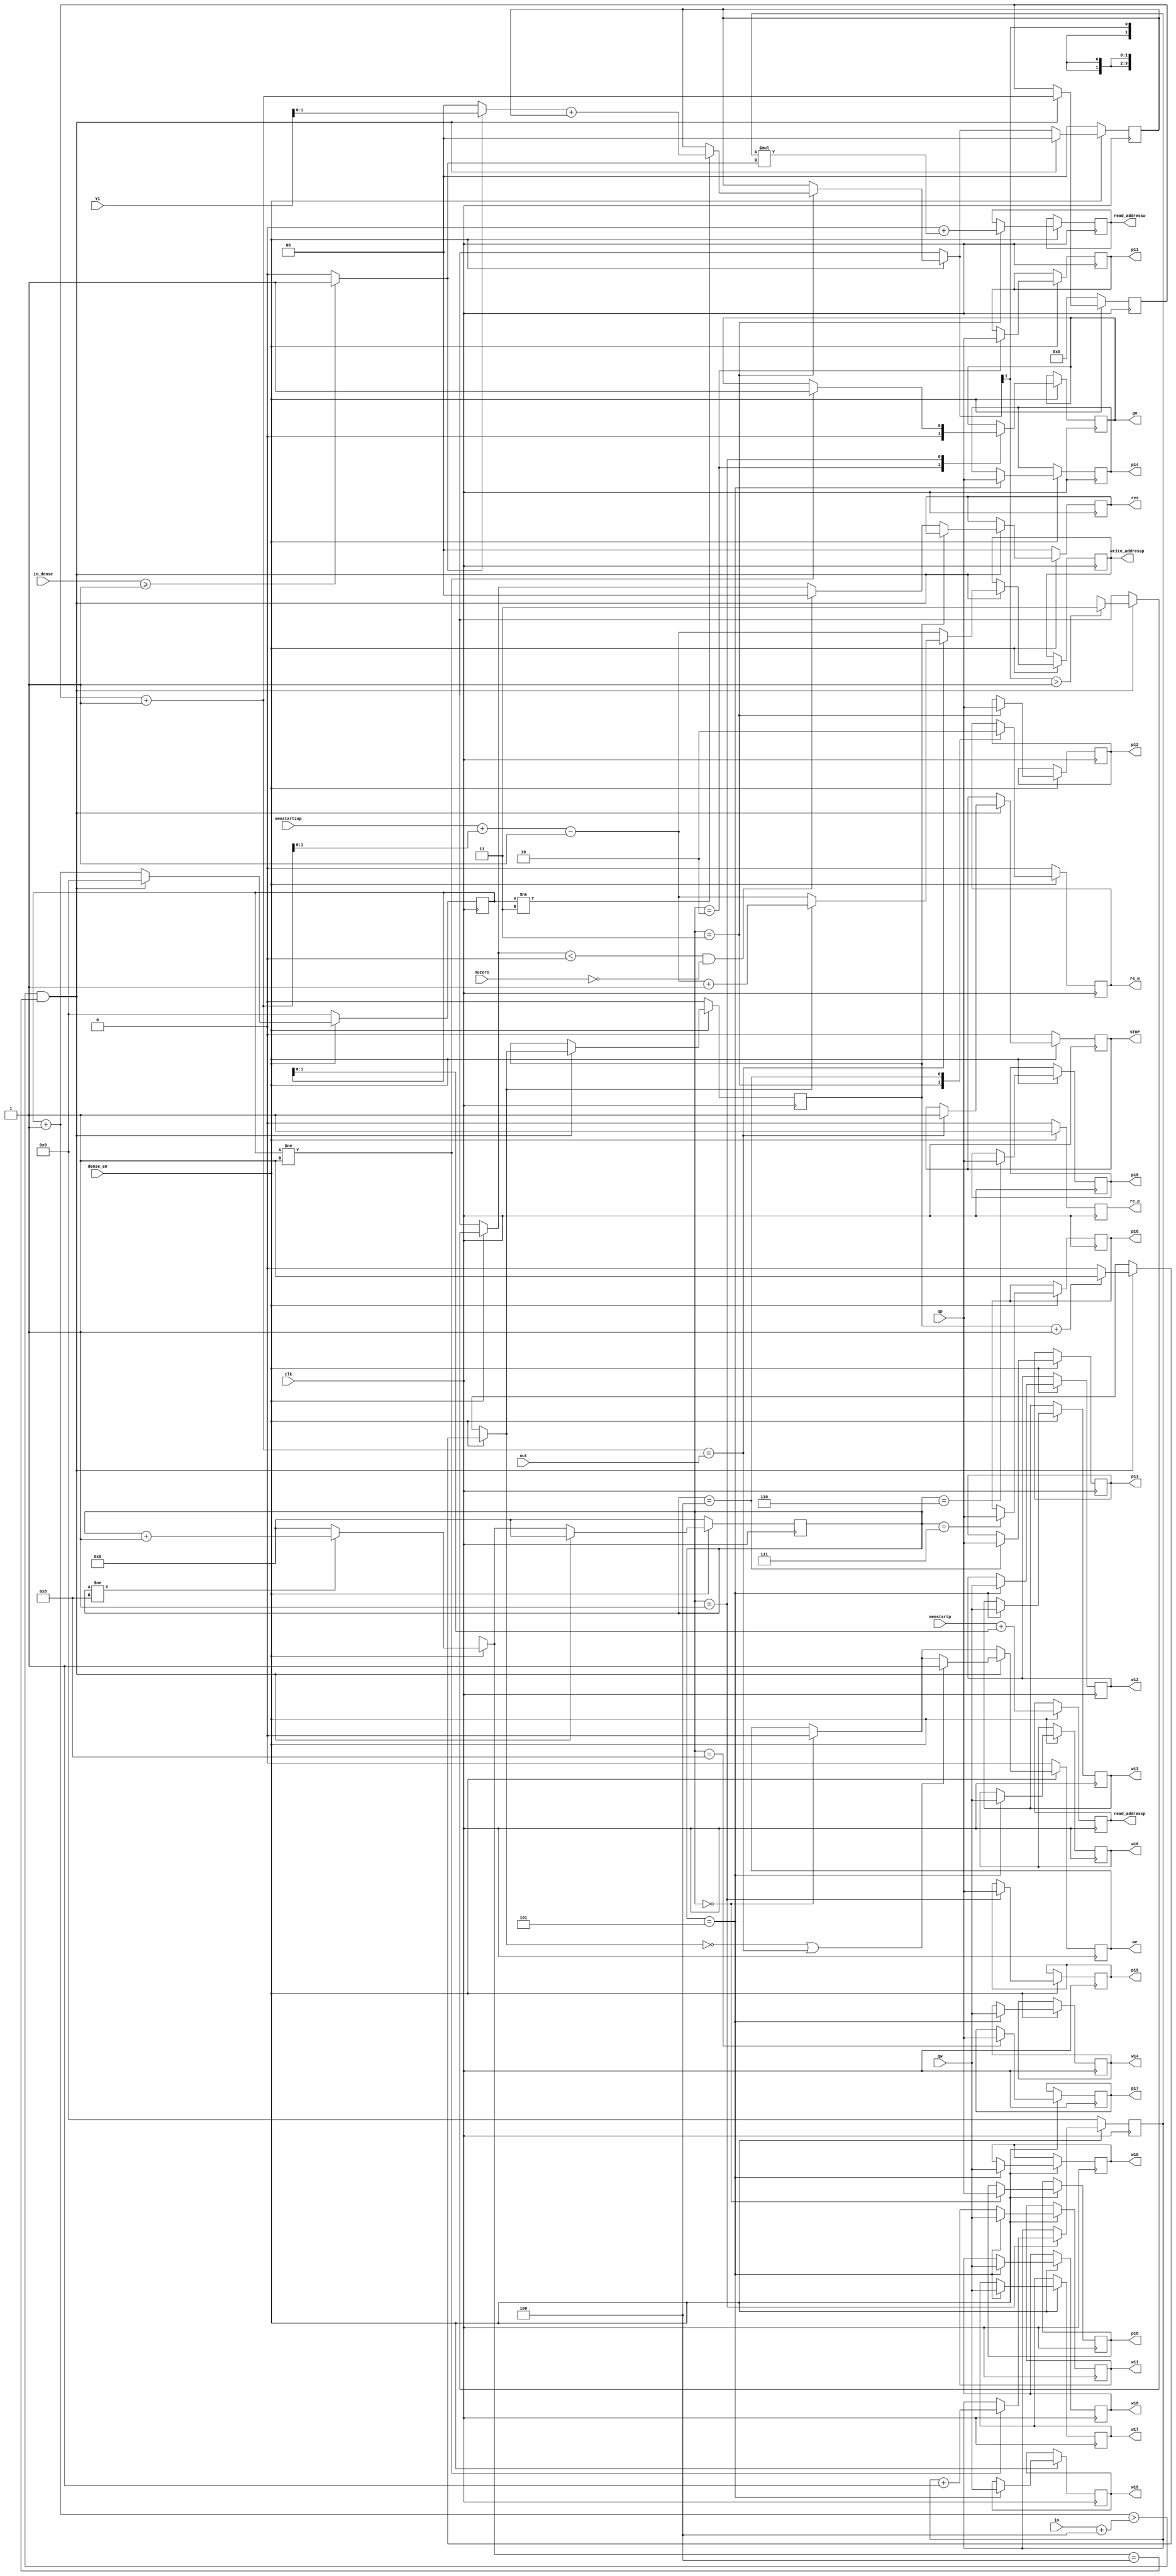
// This program was cloned from: https://github.com/ZFTurbo/Verilog-Generator-of-Neural-Net-Digit-Detector-for-FPGA
// License: Apache License 2.0

module dense(clk, dense_en, STOP, in, out, we, re_p, re_w, read_addressp, read_addressw, write_addressp, memstartp, memstartzap, qp, qw, res, Y1, w11, w12, w13, w14, w15, w16, w17, w18, w19, p11, p12, p13, p14, p15, p16, p17, p18, p19, go, nozero, in_dense);

parameter num_conv=0;
parameter SIZE_1=0;
parameter SIZE_2=0;
parameter SIZE_3=0;
parameter SIZE_4=0;
parameter SIZE_5=0;
parameter SIZE_6=0;
parameter SIZE_7=0;
parameter SIZE_8=0;
parameter SIZE_9=0;
parameter SIZE_address_pix=0;
parameter SIZE_address_wei=0;

input clk,dense_en;
output reg STOP;
input [4:0] in;
input [3:0] out;
output reg we,re_p,re_w;
output reg [SIZE_address_pix-1:0] read_addressp;
output reg [SIZE_address_wei-1:0] read_addressw;
output reg [SIZE_address_pix-1:0] write_addressp;
input [SIZE_address_pix-1:0] memstartp,memstartzap;
input signed [SIZE_1-1:0] qp;
input signed [SIZE_9-1:0] qw;
output reg signed [SIZE_1-1:0] res;
input signed [SIZE_1+SIZE_1-2:0] Y1;
output reg signed [SIZE_1-1:0] w11, w12, w13, w14, w15, w16, w17, w18, w19;
output reg signed [SIZE_1-1:0] p11, p12, p13, p14, p15, p16, p17, p18, p19;
output reg go;
input [4:0] in_dense;
input nozero;

reg [3:0] marker;
reg [6:0] lvl;
reg [8:0] i;
reg [8:0] j;
wire  Y1_use;
reg  sh;
reg signed [(SIZE_2)*1-1:0] dp;
reg signed [SIZE_1-1:0] dp_shift;
reg signed [SIZE_1-1+1:0]dp_check;

always @(posedge clk)
begin
    if (dense_en==1)
    begin
        re_p=1;
        case (marker)
            2:begin p11 = qp[SIZE_1 - 1:0]; go=0; end
            3:begin p12 = qp[SIZE_1 - 1:0]; re_w=1;  if (i!=3) dp= (Y1_use?Y1:0)+dp; read_addressw=0+j*( Y1_use); end
            4:begin p13 = qp[SIZE_1 - 1:0]; re_w=0; end
            5:begin p14 = qp[SIZE_1 - 1:0]; w11=qw[SIZE_9-1:SIZE_8]; w12=qw[SIZE_8-1:SIZE_7]; w13=qw[SIZE_7-1:SIZE_6]; w14=qw[SIZE_6-1:SIZE_5]; w15=qw[SIZE_5-1:SIZE_4]; w16=qw[SIZE_4-1:SIZE_3]; w17=qw[SIZE_3-1:SIZE_2]; w18=qw[SIZE_2-1:SIZE_1]; w19=qw[SIZE_1-1:0]; end
            6:begin p15 = qp[SIZE_1 - 1:0]; end
            7:begin p16 = qp[SIZE_1 - 1:0]; end
            8:begin p17 = qp[SIZE_1 - 1:0]; end
            0:begin p18 = qp[SIZE_1 - 1:0]; we=0; end
            1:begin p19 = qp[SIZE_1 - 1:0]; if (i!=1) begin go=1; j=j+1; end end
            default: $display("Check case dense");
        endcase

        read_addressp=memstartp+i;

        if (marker!=8) marker=marker+1; else marker=0;
        i=i+1;
        if ((i>(in>>(num_conv>>1))+4)&&(marker==4))
            begin
        	    write_addressp=memstartzap+((lvl+1)>>(num_conv>>1))-1;
                dp_check=dp[SIZE_1+SIZE_1-2+1:SIZE_1-1];
		        if (dp_check>2**(SIZE_1-1)-1)
                begin
                    $display("OVERFLOW in dense!");
                    dp_shift=2**(SIZE_1-1)-1;
                end
                else dp_shift=dp[SIZE_1+SIZE_1-2:SIZE_1-1];
                if ((dp_shift<0)&&(nozero==0)) dp_shift=0;
                if (sh==0) res=0;
                if (sh==0) res[SIZE_1-1:0]=dp_shift;
                lvl=lvl+1;
                i=0; 
                dp=0; 
                marker=0;
                sh=sh+1; if (sh==num_conv) sh=0; 
		        if ((sh==0)||(lvl==out)) we=1;
                if (lvl==out) begin STOP=1; if (sh!=0) write_addressp=write_addressp+1; end
    end
end
else
begin
    marker=0;
    i=0;
    j=0;
    sh=0;
    we=0;
    dp=0;
    res=0;
    re_p=0;
    re_w=0;
    STOP=0;
    lvl=0;
end
end
assign Y1_use=(in_dense>=9*0+1)?1'b1:1'b0;
endmodule